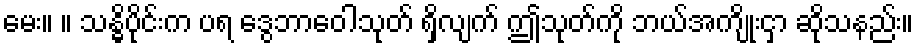
မေး။ ။ သန္ဓိပိုင်းက ပရ ဒွေဘာဝေါသုတ် ရှိလျက် ဤသုတ်ကို ဘယ်အကျိုးငှာ ဆိုသနည်း။